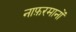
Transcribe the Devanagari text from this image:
नाफ़रमानों